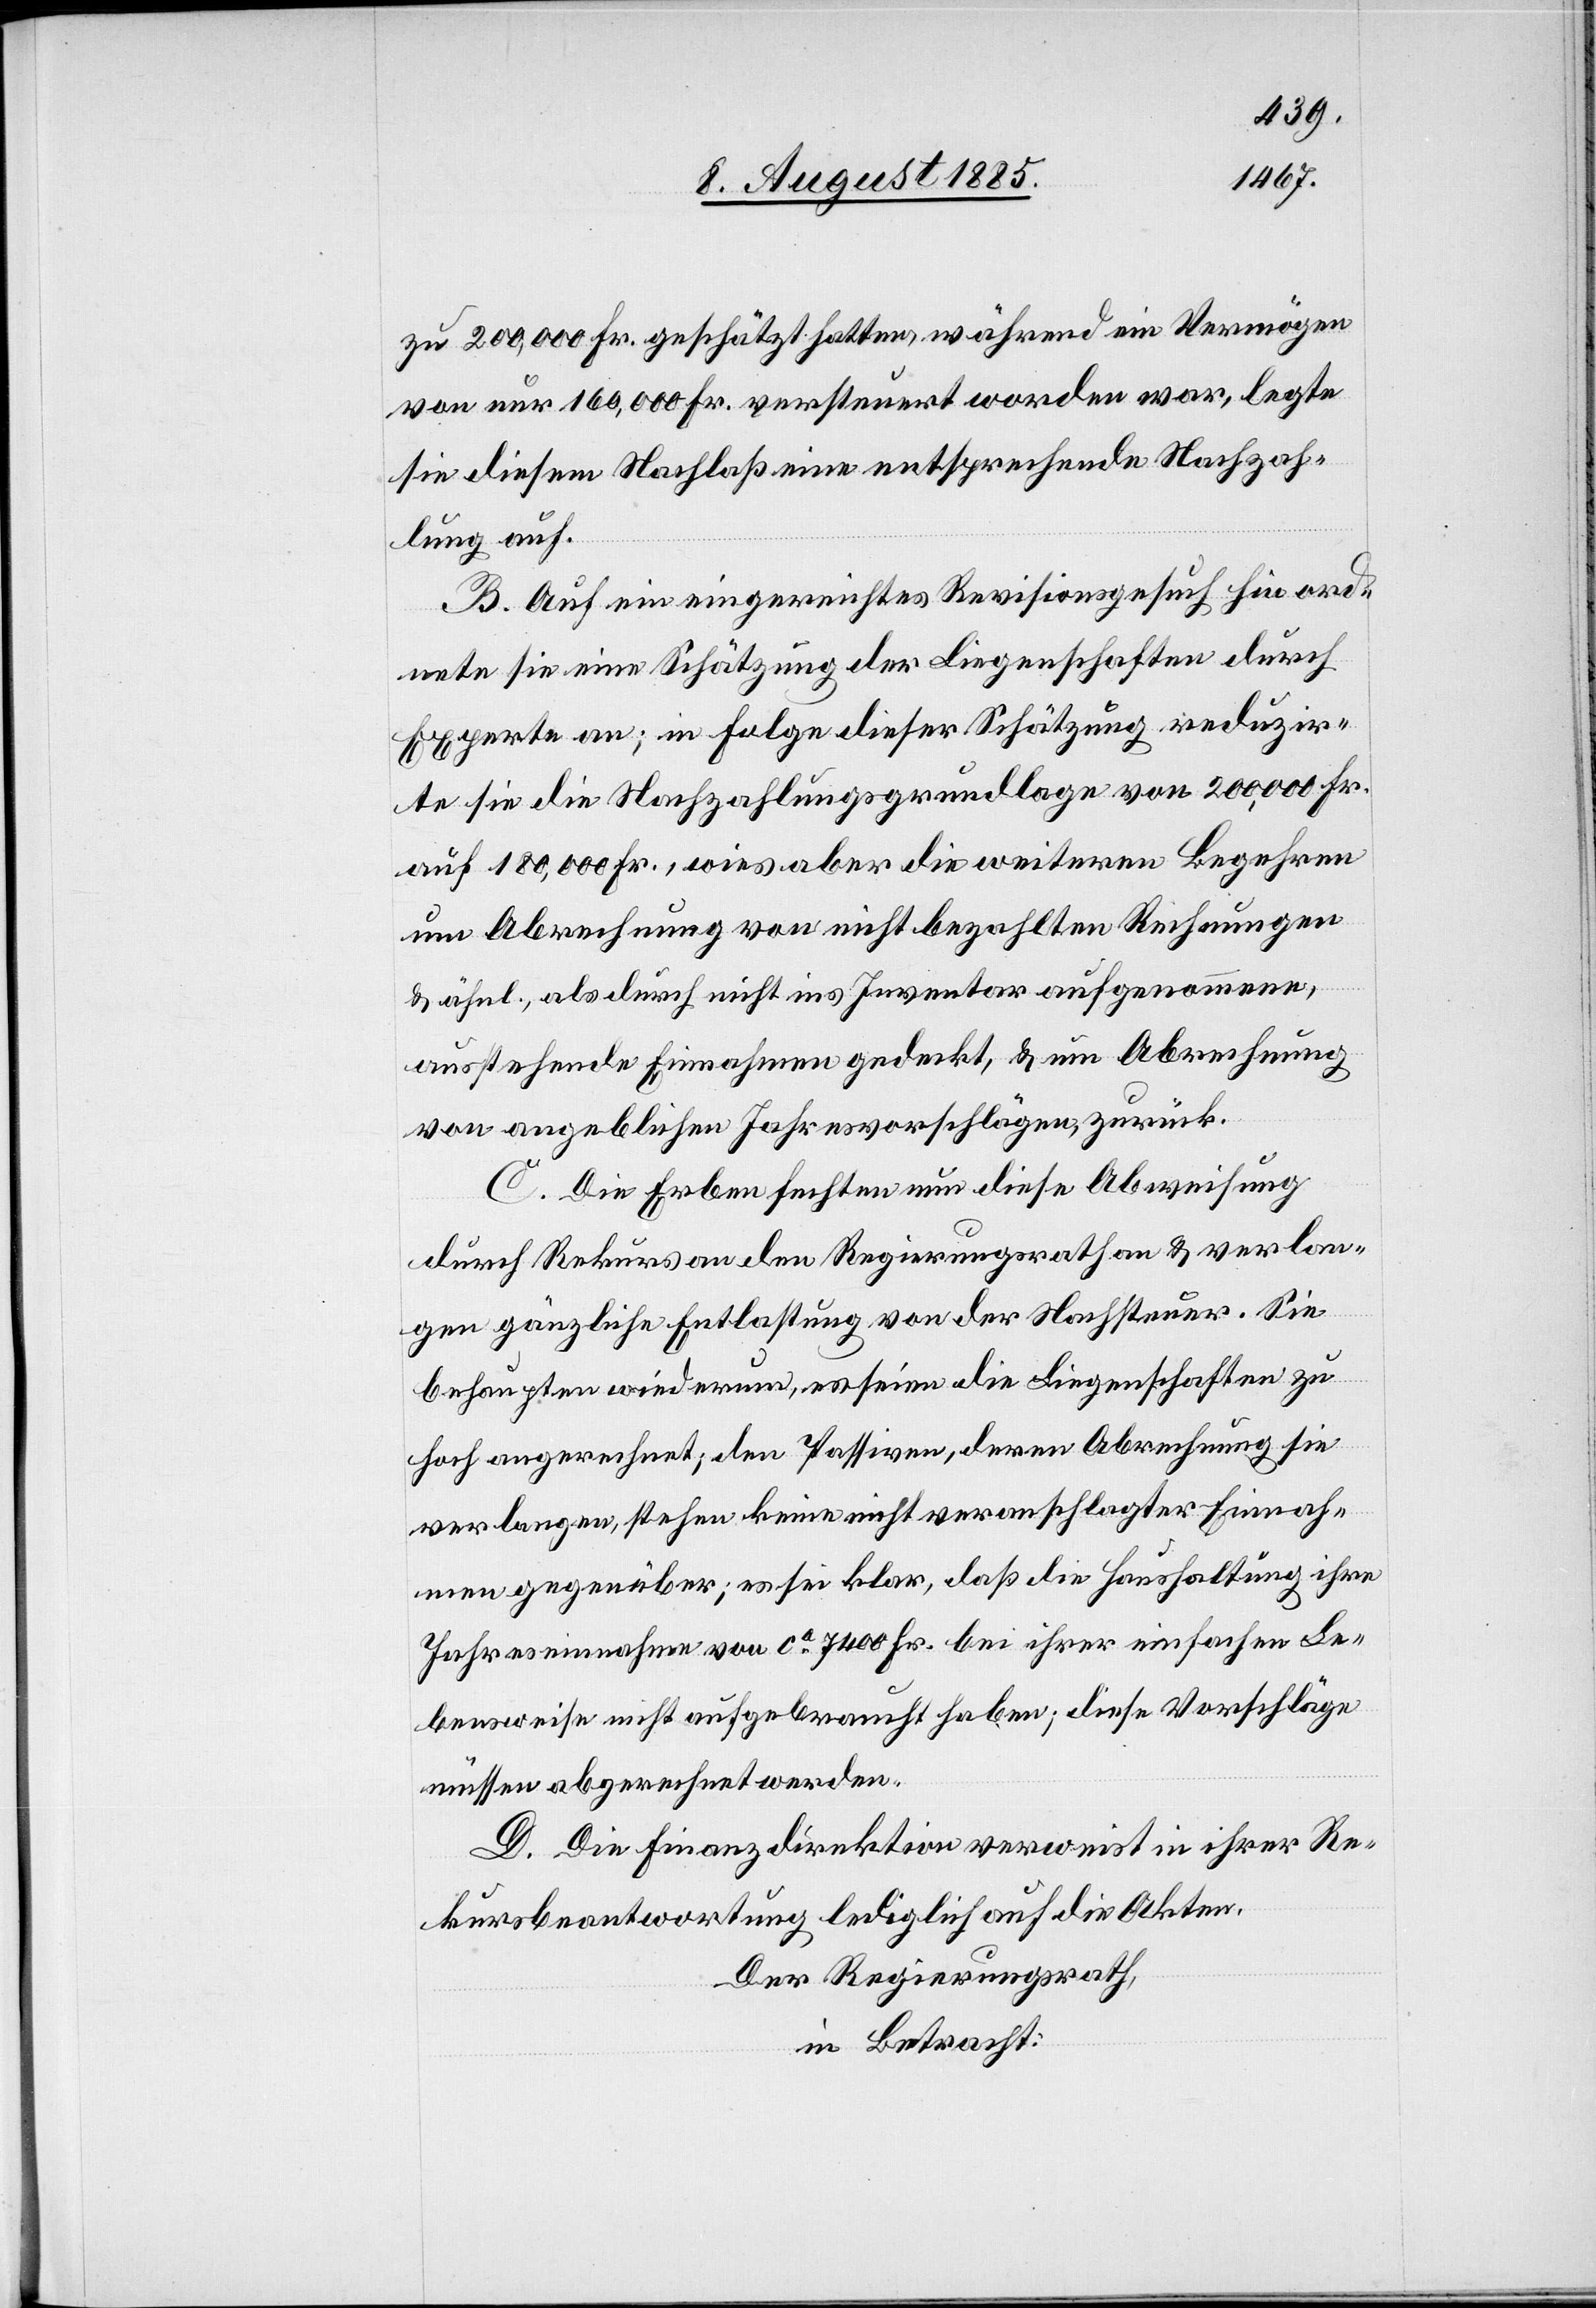
zu 200,000 Fr. geschätzt hatten, während ein Vermögen
von nur 160,000 Fr. versteuert worden war, legte
sie diesem Nachlaß eine entsprechende Nachzah¬
lung auf.
B. Auf ein eingereichtes Revisionsgesuch hin ord¬
nete sie eine Schätzung der Liegenschaften durch
Experte an; in Folge dieser Schätzung reduzir¬
te sie die Nachzahlungsgrundlage von 200,000 Fr.
auf 180,000 Fr., wies aber die weitern Begehren
um Abrechnung von nicht bezahlten Rechnungen
& ähnl., als durch nicht ins Inventar aufgenommene,
ausstehende Einnahmen gedeckt, & um Abrechnung
von angeblichen Jahresvorschlägen, zurück.
C. Die Erben fechten nun diese Abweichung
durch Rekurs an den Regierungsrath an & verlan¬
gen gänzliche Entlassung von der Nachsteuer. Sie
behaupten wiederum, es seien die Liegenschaften zu
hoch angerechnet, den Passiven, deren Abrechnung sie
verlangen, stehen keine nicht veranschlagter Einnah¬
men gegenüber; es sei klar, daß die Haushaltung ihre
Jahreseinnahme von ca 7400 Fr. bei ihrer einfachen Le¬
bensweise nicht aufgebracht haben; diese Vorschläge
müssen abgerechnet werden.
D. Die Finanzdirektion verweist in ihrer Re¬
kursbeantwortung lediglich auf die Akten.
Der Regierungsrath,
in Betracht: